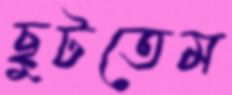
ছুটতেম